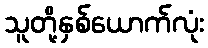
သူတို့နှစ်ယောက်လုံး